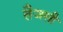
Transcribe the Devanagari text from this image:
तैजसी